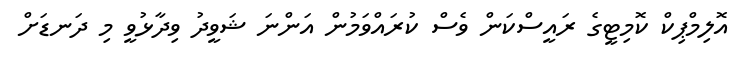
އޮލިމްޕިކް ކޮމިޓީގެ ރައީސްކަން ވެސް ކުރައްވަމުން އަންނަ ޝަވީދު ވިދާޅުވީ މި ދަނޑަށް